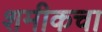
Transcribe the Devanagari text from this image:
शमीकचा